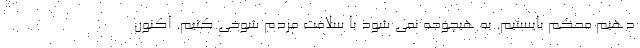
دهیم محکم بایستیم. به هیچوجه نمی شود با سلامت مردم شوخی کنیم. اکنون